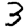
Digit: 3